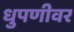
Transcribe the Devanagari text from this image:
धुपणीवर